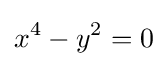
x^{4}-y^{2}=0